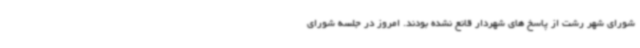
شورای شهر رشت از پاسخ های شهردار قانع نشده بودند. امروز در جلسه شورای